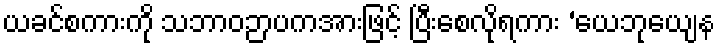
ယခင်စကားကို သဘာဝဉာပကအားဖြင့် ပြီးစေလိုရကား ‘ယေဘုယျေန